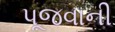
પૂજવાની